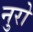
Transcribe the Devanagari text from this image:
नुरो